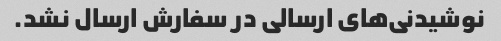
نوشیدنی‌های ارسالی در سفارش ارسال نشد.